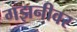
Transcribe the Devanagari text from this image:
गझनीवर